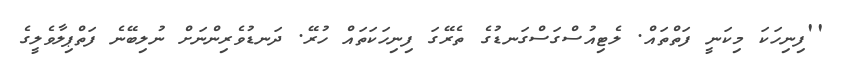
''ފިނިހަކަ މިކަނީ ފަތްތައް. ލެޓިއުސްގަސްގަނޑުގެ ތެރޭގަ ފިނިހަކަތައް ހުރޭ. ދަނޑުވެރިންނަށް ނުލިބޭނެ ފަތްޕިލާވެލީގެ